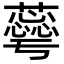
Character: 𮒦